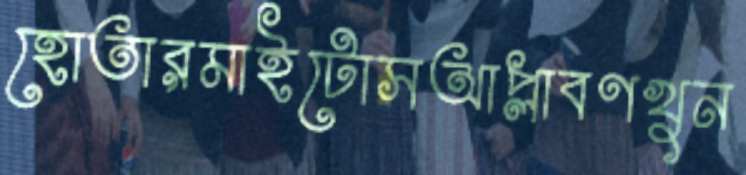
হোতারমাইটোসআপ্লাবণখুন